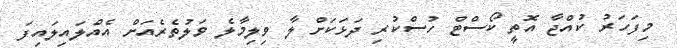
މިފަހަރު ކުއްޖާ އޮތީ ކޯސްޓް ހުސްކުރި ދަޅަކަށް ލާ ވިލިމާލެ ވަލުތެރެއަށް އެއްލައިލައިފަ